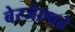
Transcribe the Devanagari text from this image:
बेरजेएवढे